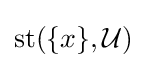
\operatorname {st} (\{x\},{\mathcal {U}})